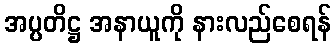
အပ္ပတိဋ္ဌ အနာယူကို နားလည်စေရန်